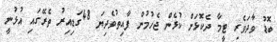
ބޮޑު ވާދަވެރި ޓީމާ ދެކޮޅަށް ކުޅެން ޖެހުމުން ފާއިތުވެދިޔަ 48ގަޑިއިރު ތެރޭގައި އުޅުނީ